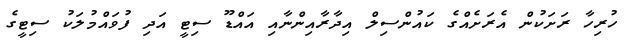
ހުރިހާ ރަށަކުން އެރަށެއްގެ ކައުންސިލް އިދާރާއިންނާއި އައްޑޫ ސިޓީ އަދި ފުވައްމުލަކު ސިޓީގެ